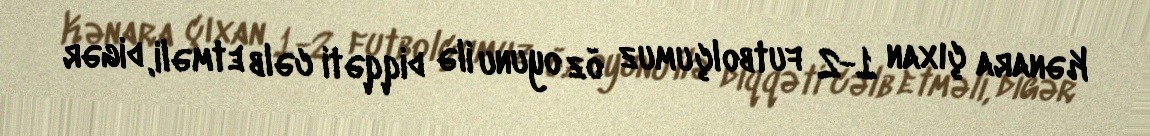
Kənara çıxan 1-2 futbolçumuz öz oyunu ilə diqqəti cəlb etməli, digər